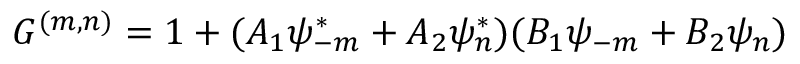
{ \cal G } ^ { ( m , n ) } = 1 + ( A _ { 1 } \psi _ { - m } ^ { \ast } + A _ { 2 } \psi _ { n } ^ { \ast } ) ( B _ { 1 } \psi _ { - m } + B _ { 2 } \psi _ { n } )